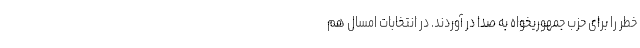
خطر را برای حزب جمهوریخواه به صدا در آوردند. در انتخابات امسال هم